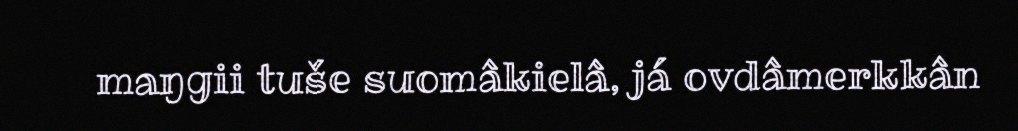
maŋgii tuše suomâkielâ, já ovdâmerkkân